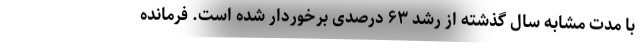
با مدت مشابه سال گذشته از رشد ۶۳ درصدی برخوردار شده است. فرمانده